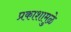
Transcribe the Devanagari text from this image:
प्रकाशामुळे